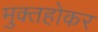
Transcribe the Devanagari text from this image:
मुक्तहोकर